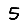
Digit: 5